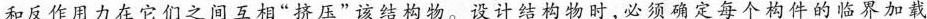
和反作用力在它们之间互相”挤压”该结构物。设计结构物时，必须确定每个构件的临界加载